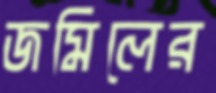
জমিলের